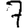
Digit: 7